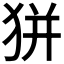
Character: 𤝴